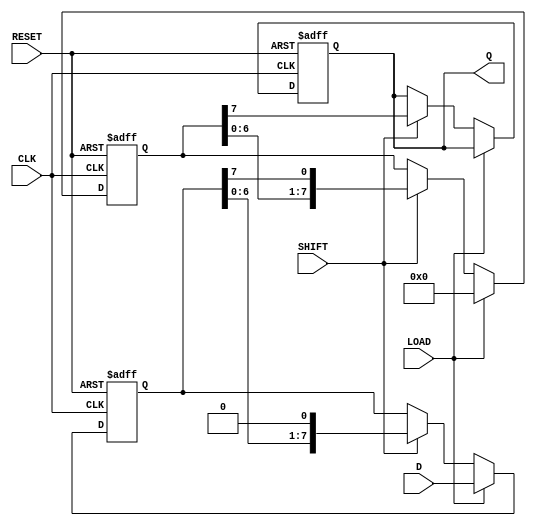
module TwoStagePISO #(
    parameter N = 8  // Define the width of the register (number of bits)
)(
    input wire [N-1:0] D,    // Parallel data input
    input wire LOAD,          // Load signal
    input wire SHIFT,         // Shift signal
    input wire CLK,           // Clock signal
    input wire RESET,         // Reset signal
    output reg Q              // Serial output
);

    reg [N-1:0] input_stage;  // Input stage register
    reg [N-1:0] output_stage; // Output stage register
    integer i;                // Loop variable

    // Asynchronous Reset and Load Operation
    always @(posedge CLK or posedge RESET) begin
        if (RESET) begin
            input_stage <= 0;  // Clear input stage on reset
            output_stage <= 0; // Clear output stage on reset
            Q <= 0;            // Clear serial output
        end else if (LOAD) begin
            input_stage <= D;  // Load parallel data into input stage
            output_stage <= 0;  // Clear the output stage when new data is loaded
        end else if (SHIFT) begin
            // Shift in a FIFO manner
            output_stage <= {output_stage[N-2:0], input_stage[N-1]}; // Shift data
            Q <= output_stage[N-1]; // Output the most significant bit of output stage
            // Update input_stage data for next shift
            input_stage <= {input_stage[N-2:0], 1'b0}; // Shift the input stage for next cycle
        end
    end

endmodule